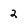
Character: 2